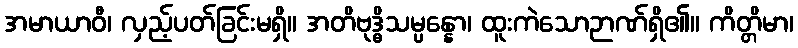
အမာယာဝီ၊ လှည့်ပတ်ခြင်းမရှိ။ အတိဗုဒ္ဓိသမ္ပန္နော၊ ထူးကဲသောဉာဏ်ရှိ၏။ ကိတ္တိမာ၊